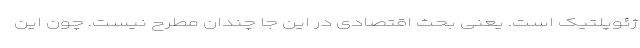
ژئوپلتیک است. یعنی بحث اقتصادی در این جا چندان مطرح نیست. چون این